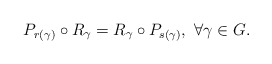
\begin{align*} P_{r(\gamma)}\circ R_\gamma=R_\gamma \circ P_{s(\gamma)},\ \forall \gamma\in G.\end{align*}